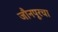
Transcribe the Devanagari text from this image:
जौनपूरचा